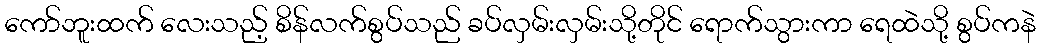
ကော်ဘူးထက် လေးသည့် စိန်လက်စွပ်သည် ခပ်လှမ်းလှမ်းသို့တိုင် ရောက်သွားကာ ရေထဲသို့ စွပ်ကနဲ